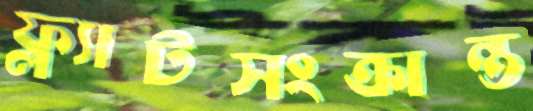
ফ্ল্যাটসংক্রান্ত